Civil Veterinary Department. Central Provinces & Berar 1925-31 - 1925-1931
Year: 1925
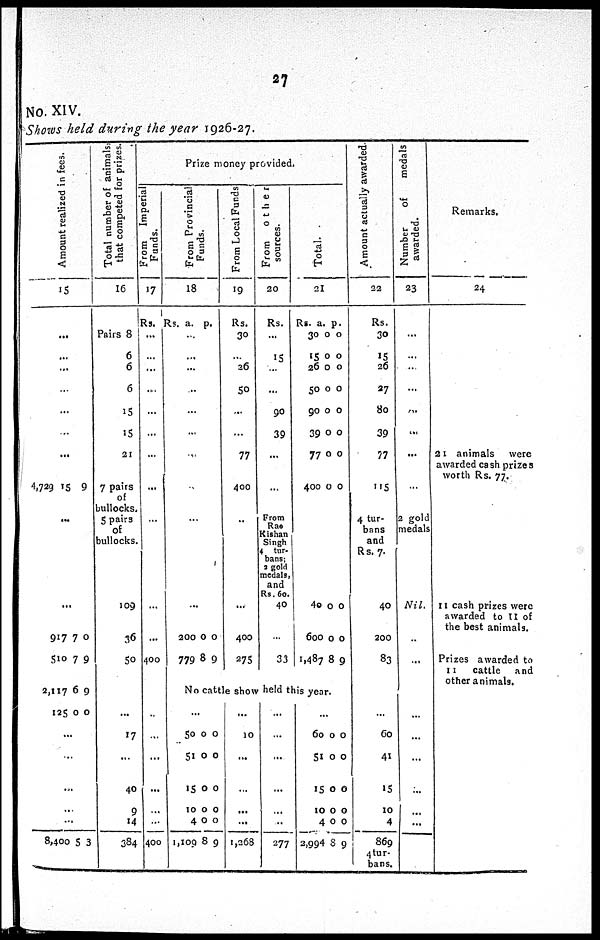
27
No. XIV.
Shows held during the year 1926-27.
Amo u n t real i zed in fees.
15
...
...
...
...
...
...
...
4,729
15 9
...
...
917
510
2,117
125
7
7
6
0
0
9
9
0
...
...
...
...
...
8,400 5 3
Total number of animals:
that competed for prizes.
16
Pairs 8
6
6
6
15
15
21
7 pairs
of
bullocks
5 pairs
Of
bullocks
109
36
50
...
17
...
40
9
14
384
Prize money provided.
From Imperial
Funds.
17
Rs.
...
...
...
...
...
...
...
...
...
...
...
400
...
...
...
...
...
...
400
Fr om Provincial
Funds .
18
Rs. a. p.
...
...
...
...
...
...
...
...
...
...
200
779
0
8
0
9
From Local Funds
19
Rs.
30
...
26
50
...
...
77
400
...
...
400
275
From
other
sources.
20
Rs.
...
15
...
90
39
...
...
From
Rao
Kishan
Singh
4 tur-
bans;
2 gold
medals,
and
Rs. 60.
40
...
33
Total.
21
Rs.
30
15
26
50
90
39
77
400
a.
0
0
0
0
0
0
0
0
p.
0
0
0
0
0
0
0
0
40
600
1,487
0
0
8
0
0
9
No cattle show held this year.
...
50
51
15
10
4
1,109
0
0
0
0
0
8
0
0
0
0
0
9
...
10
...
...
...
...
1,268
...
...
...
...
...
277
...
60
51
15
10
4
2,994
0
0
0
0
0
8
0
0
0
0
0
9
Amount actually awarded
22
Rs.
30
15
26
27
80
39
77
115
4 tur-
bans
and
Rs. 7.
40
200
83
...
60
41
15
10
4
869
4 tur-
bans.
Number of
medals
awarded.
23
...
...
...
...
...
...
...
...
2 gold
medals
Nil.
...
...
...
...
...
...
...
...
...
Remarks.
24
21 animals
were
awarded cash prizes
worth Rs. 77.
11 cash prizes were
awarded to 11 of
the best animals.
Prizes awarded to
11
cattle
and
other animals.